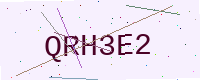
Text: QRH3E2